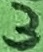
Text: 3